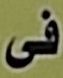
فى